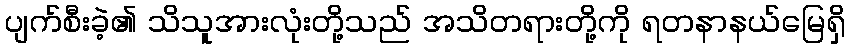
ပျက်စီးခဲ့၏ သိသူအားလုံးတို့သည် အသိတရားတို့ကို ရတနာနယ်မြေရှိ